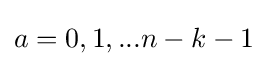
a=0,1,...n-k-1